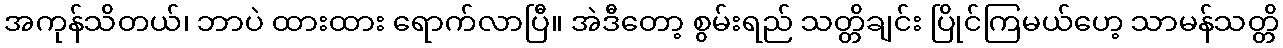
အကုန်သိတယ်၊ ဘာပဲ ထားထား ရောက်လာပြီ။ အဲဒီတော့ စွမ်းရည် သတ္တိချင်း ပြိုင်ကြမယ်ဟေ့ သာမန်သတ္တိ